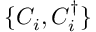
\{ C _ { i } , C _ { i } ^ { \dagger } \}